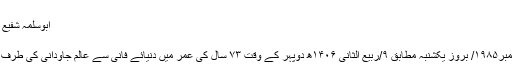
“
ابوسلمہ شفیع احمد از کلکتہ
انتقال پُرملال:
بالآخر ۲۲/دسمبر۱۹۸۵/ بروز یکشنبہ مطابق ۹/ربیع الثانی ۱۴۰۶ھ دوپہر کے وقت ۷۳ سال کی عمر میں دنیائے فانی سے عالم جاودانی کی طرف کوچ کرگئے۔